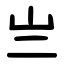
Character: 亗